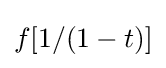
f[1/(1-t)]